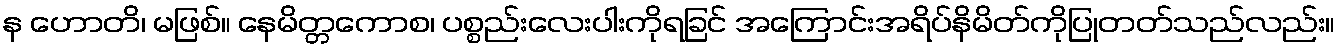
န ဟောတိ၊ မဖြစ်။ နေမိတ္တကောစ၊ ပစ္စည်းလေးပါးကိုရခြင် အကြောင်းအရိပ်နိမိတ်ကိုပြုတတ်သည်လည်း။